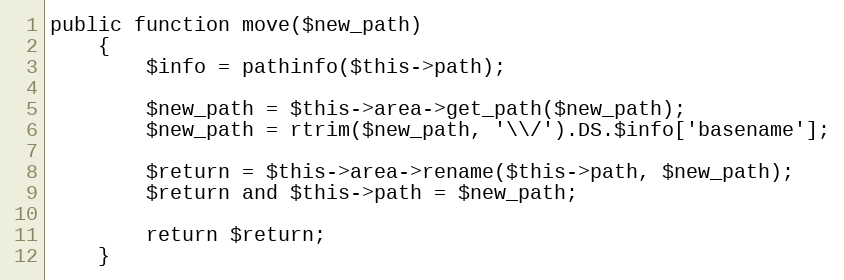
Language: PHP
public function move($new_path)
	{
		$info = pathinfo($this->path);

		$new_path = $this->area->get_path($new_path);
		$new_path = rtrim($new_path, '\\/').DS.$info['basename'];

		$return = $this->area->rename($this->path, $new_path);
		$return and $this->path = $new_path;

		return $return;
	}